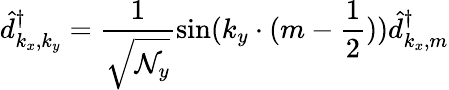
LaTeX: \hat{d}_{k_{x},k_{y}}^{\dagger}=\frac{1}{\sqrt{\mathcal{N}_{y}}}\sin(k_{y}\cdot(m-\frac{1}{2}))\hat{d}_{k_{x},m}^{\dagger}